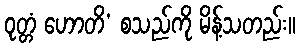
ဝုတ္တံ ဟောတိ’ စသည်ကို မိန့်သတည်း။